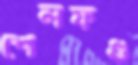
শেলফগু